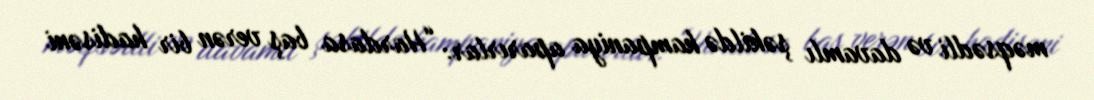
məqsədli və davamlı şəkildə kampaniya aparırlar: “Hardasa baş verən bir hadisəni